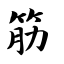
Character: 筋